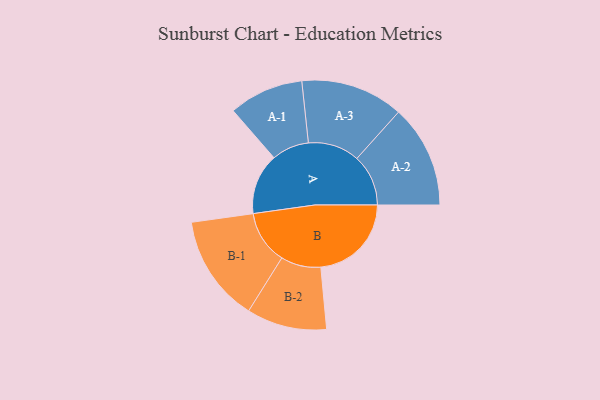
{"axis": {"x": "Segment", "y": "Value"}, "legend": ["", "A", "B"], "data": [{"x": "A", "y": 268, "type": ""}, {"x": "B", "y": 398, "type": ""}, {"x": "A-1", "y": 164, "type": "A"}, {"x": "A-2", "y": 226, "type": "A"}, {"x": "A-3", "y": 226, "type": "A"}, {"x": "B-1", "y": 235, "type": "B"}, {"x": "B-2", "y": 176, "type": "B"}]}